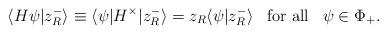
LaTeX: \begin{align*}\langle H\psi|z_R^-\rangle\equiv\langle\psi|H^\times|z_R^-\rangle=z_R\langle\psi|z_R^-\rangle\,\,\,\,\,\textup{for all}\,\,\,\,\,\psi\in\Phi_+.\end{align*}